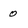
Character: 0